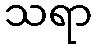
သရာ